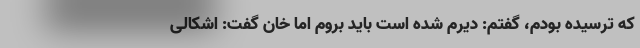
که ترسیده بودم، گفتم: دیرم شده است باید بروم اما خان گفت: اشکالی